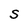
Character: S